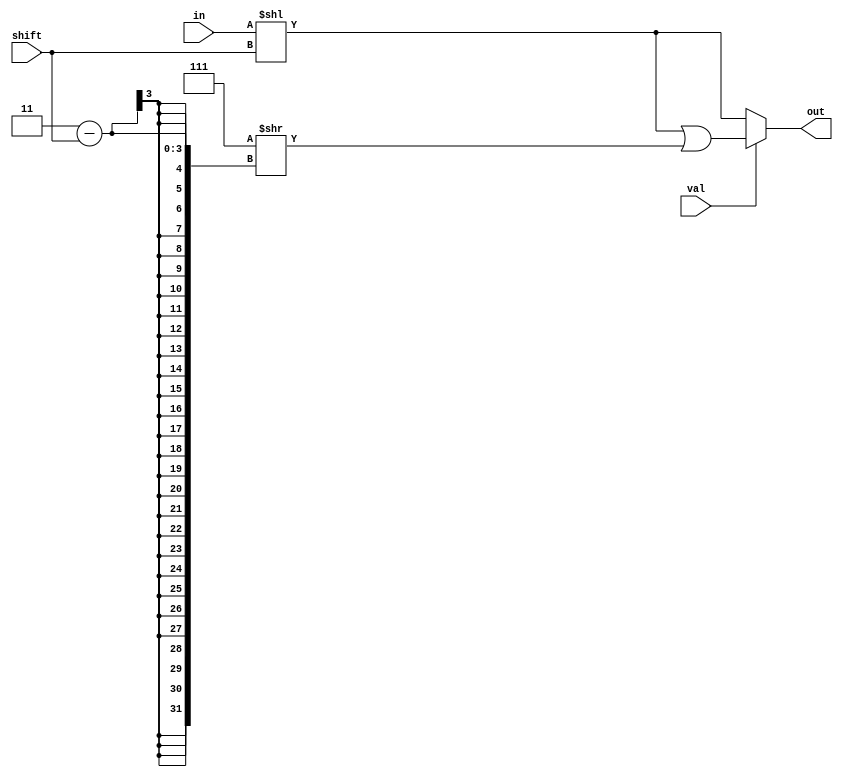
module LSHIFT4 #(parameter SIZE = 4)(input [SIZE-1:0] in, 
    input [2:0] shift, input val, output reg [SIZE-1:0] out);
always @(in or shift or val) begin
    out = in << shift;
	if(val)
	    out = out | ({SIZE-1 {1'b1} } >> (SIZE-1-shift));
end	
endmodule